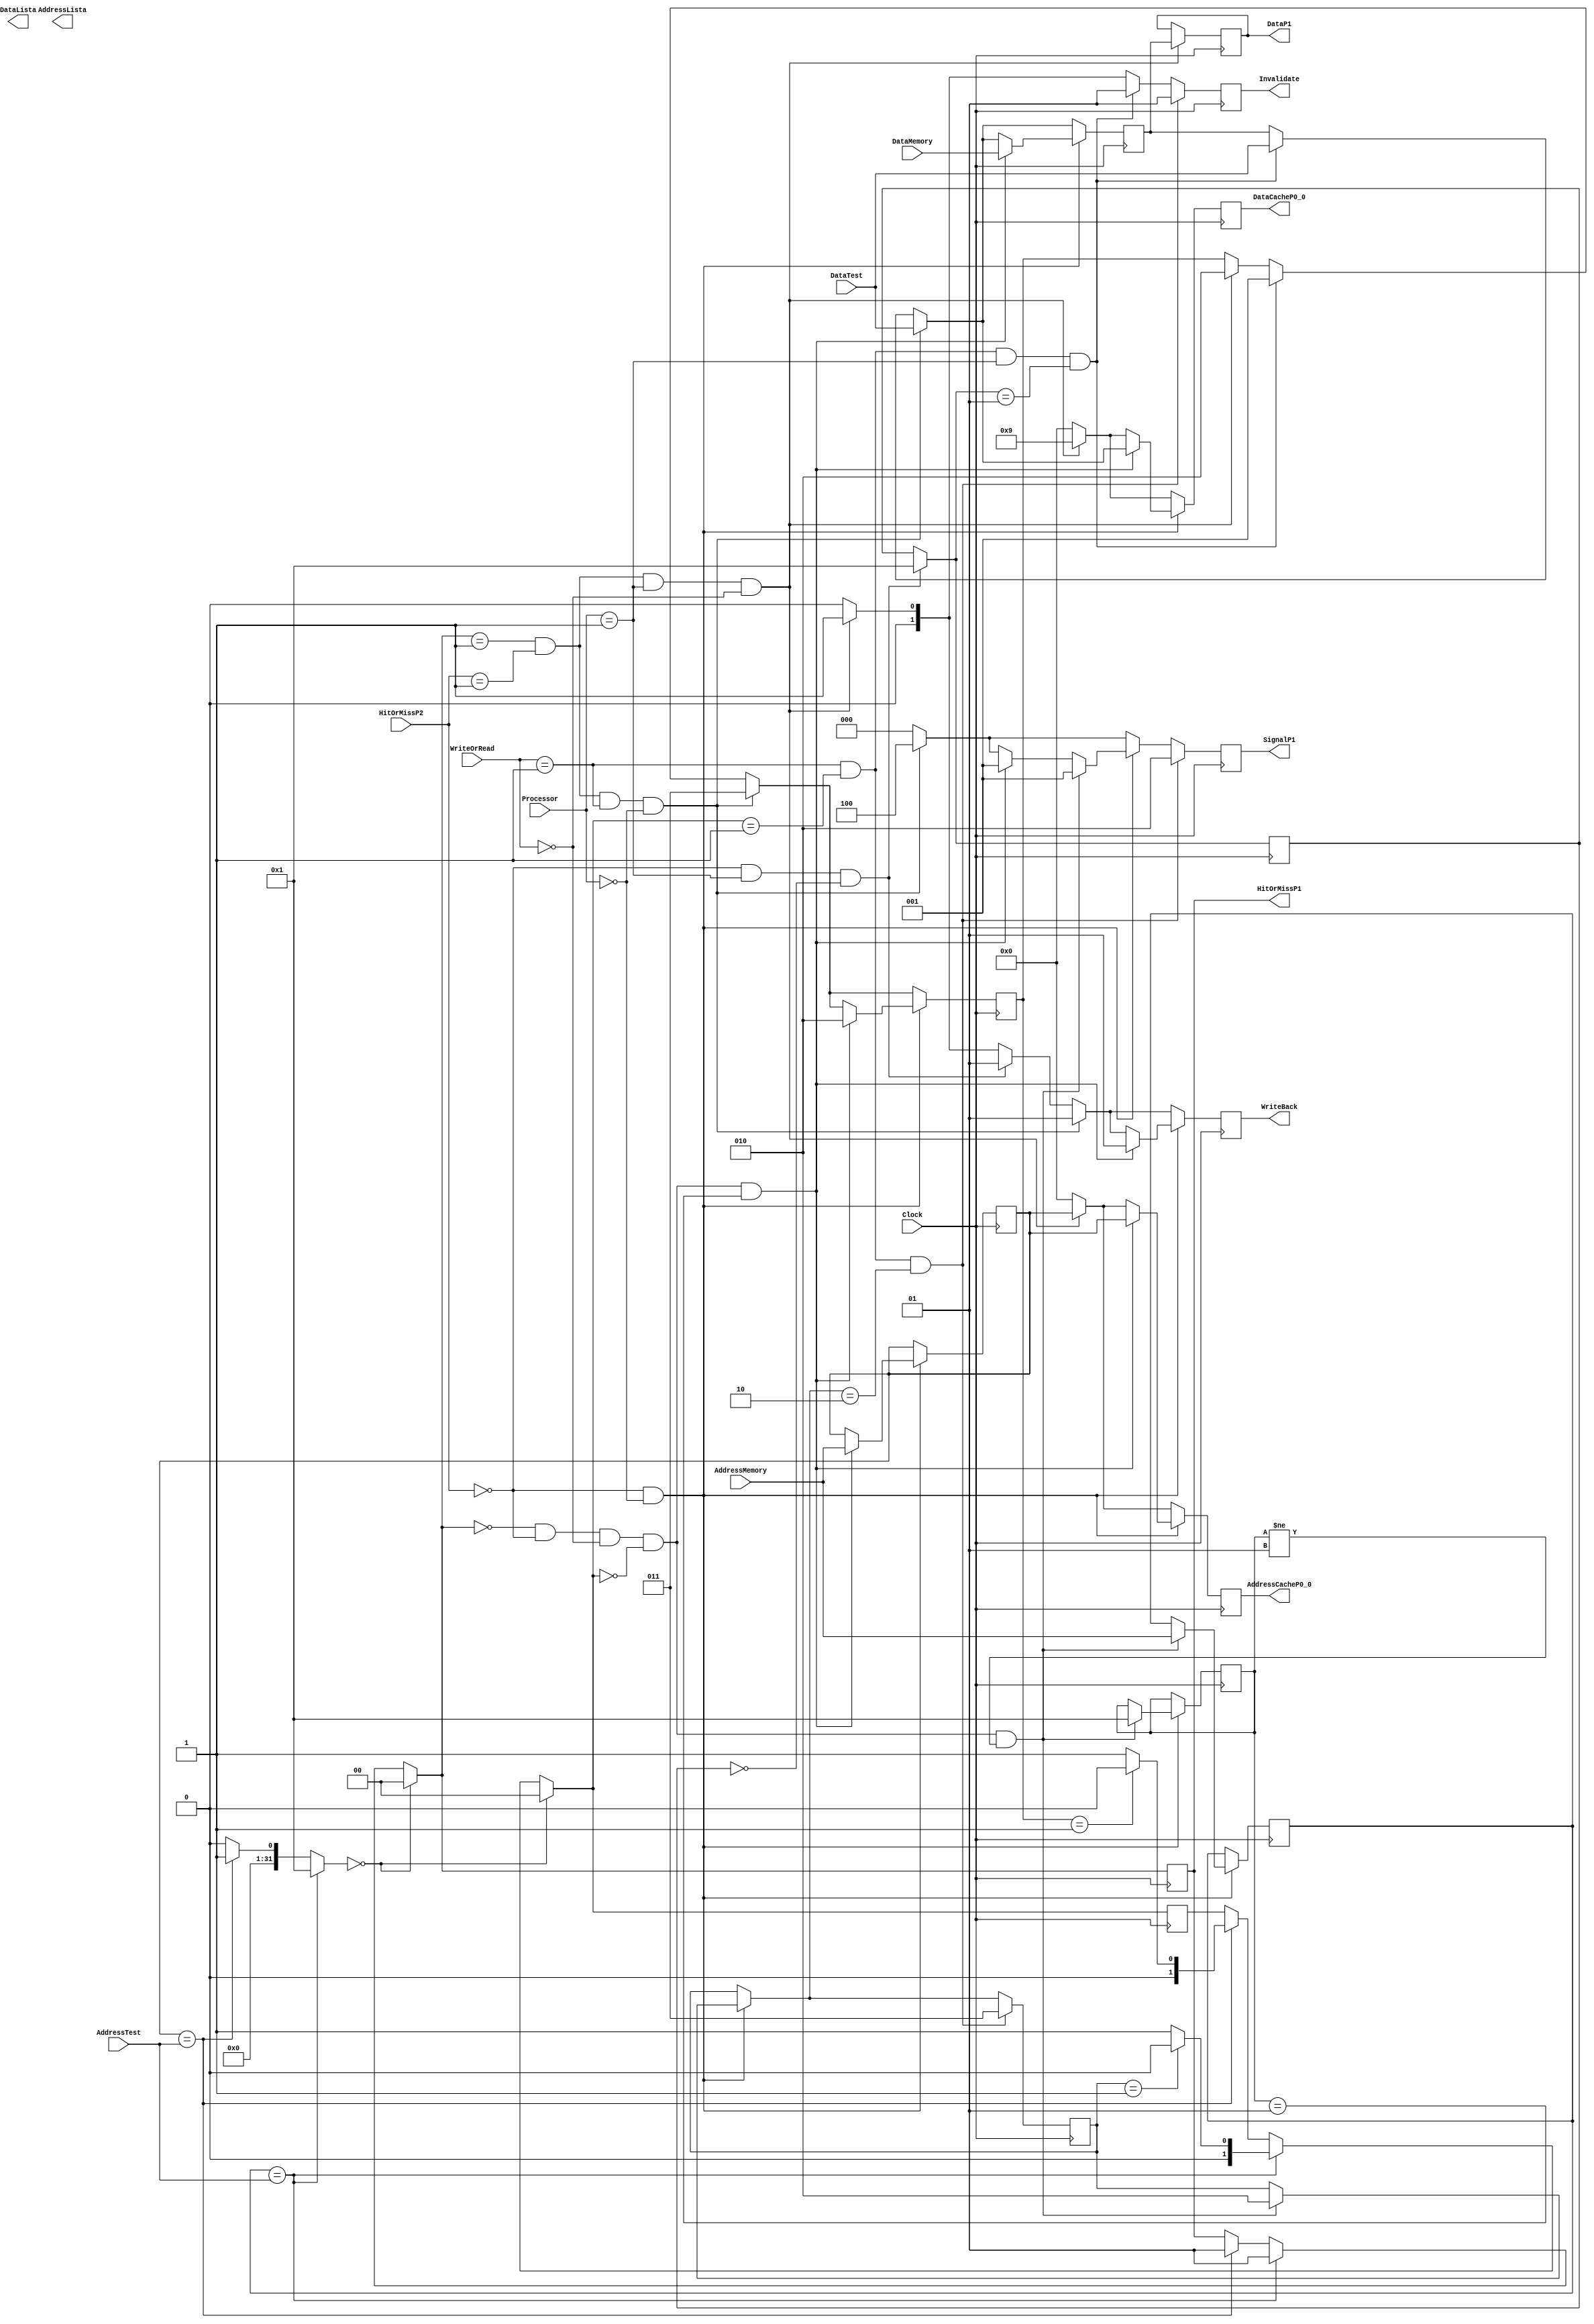
module Processador1(Clock, AddressTest, WriteOrRead, Processor, DataTest, 
						HitOrMissP2, HitOrMissP1, AddressMemory, DataMemory, AddressCacheP0_0, 
						AddressLista, DataLista, DataCacheP0_0, WriteBack, SignalP1, Invalidate,
						DataP1);

	input Clock;

	// Variveis do Codigo Teste 
	input [3:0] AddressTest;		
	input [1:0] WriteOrRead; 		
	input [1:0] Processor; 		
	input [3:0] DataTest;			
	
	input [1:0] HitOrMissP2;
	input [3:0] AddressMemory, DataMemory;
	
	output reg[1:0] HitOrMissP1;
	output reg[3:0] AddressLista, DataLista, AddressCacheP0_0, DataCacheP0_0, DataP1;
	 
	output reg[1:0] Invalidate, WriteBack;
	output reg[2:0] SignalP1;
	
	// Variveis Auxiliadoras
	reg[3:0] regAddressP0_0[1:0];			// Endereos
	reg[2:0] regStateP0_0[1:0];				// Estados
	reg[3:0] regDataP0_0[1:0];				// Dados
	reg[1:0] HitOrMiss;

	// Contador
	integer cont, i, aux, aux1;
	
	initial begin	
// Inicializao da cache1 do Processador

//		State = M				  	 Address = 100					Data	= 10			
		regStateP0_0[0] = 2'b11; regAddressP0_0[0] = 4'b0001; regDataP0_0[0] = 4'b0010;
	
//		State = S				  	  Address = 108			   		Data	= 08	
		regStateP0_0[1] = 2'b10; regAddressP0_0[1] = 4'b0010; regDataP0_0[1] = 4'b0001;

//------------------------------------------------------------------------------------------

// Inicializao de variaveis auxiliares
		cont = 0;
		aux = 0;
		aux1 = 0;
	end
	
	always@(negedge Clock)begin // Cdigo de transio da mquina 1.
	
		SignalP1 = 3'b000;
		Invalidate = 2'b00;
		cont = 0;
		WriteBack = 2'b00;
		AddressCacheP0_0 = 4'b0000;
		DataCacheP0_0 = 4'b0000;
		
				for(i = 0; i < 2; i = i + 1)
					begin
						if(regAddressP0_0[i] == AddressTest) // Verifica se existe alguma tag na cache L1 igual ao do caso teste. 
							begin
								cont = 1;
								
								if(regStateP0_0[i] == 2'b01) // Se o estado do cache estiver em invalido vai dar miss 
									begin
										HitOrMiss = 2'b00;
										HitOrMissP1 = 2'b01;
									end
								else	// Read hit
									begin
										HitOrMiss = 2'b01;
										HitOrMissP1 = HitOrMiss;
									end
							end
					end
				if(cont == 0) // Se no tiver nenhum endereo igual ao do caso teste da miss.
					begin
						HitOrMiss = 2'b00;
						HitOrMissP1 = 2'b00;
						
					end
		if(HitOrMissP1 == 2'b01 && HitOrMissP2 == 2'b01 && Processor == 2'b01 && WriteOrRead == 2'b00)
			begin
				
				DataP1 = regDataP0_0[0];	// Valor que vai ser passado para cache2
				regStateP0_0[0] = 2'b10;	// O estado  mudado para Shared
				WriteBack = 2'b01;			// Acontece WriteBack
				Invalidate = 2'b01;			// Sinal de Invalidate
				DataCacheP0_0 = 4'b1001;			// Dado que passar para memria por conta do writeback
				AddressCacheP0_0 = regAddressP0_0[0];	// Endereo que passar para memria por conta do writeback
			end
		if(HitOrMissP2 == 2'b00 && Processor == 2'b01 && aux1 == 0)
			begin
				WriteBack = 2'b01;
				aux1 = 1;
			end
			
		if(WriteOrRead == 2'b01 && HitOrMiss == 2'b01 && Processor == 2'b01 && aux1 == 1)
			begin
				
				regStateP0_0[0] = 2'b01; 		// Muda o estado para invalido
				regDataP0_0[0] = DataTest;		// Pega o valor escrito
				Invalidate = 2'b01;				// Sinal invalidate
				
			end
		if(HitOrMissP1 == 2'b01 && HitOrMissP2 == 2'b01 && WriteOrRead == 2'b01 && Processor == 2'b00)
				begin
					
					SignalP1 = 3'b100;				// Fetch Invalidate
					regStateP0_0[0] = 2'b11;		// o estado foi mudado para modificado
					regDataP0_0[0] = DataTest;		// Escreve o dado passado
					WriteBack = 2'b01;
				end
			
		if(HitOrMissP2 == 2'b00 && Processor == 2'b00)
			begin
			if(HitOrMissP1 == 2'b00 && HitOrMissP2 == 2'b00 && WriteOrRead == 2'b00 && HitOrMiss == 2'b00 && aux == 1) // ReadMiss com WriteBack
				begin
					WriteBack = 2'b01; // Hit
					#2
					SignalP1 = 3'b001;	// Read Miss
					DataCacheP0_0 = regDataP0_0[0];			// Dado que passar para memria por conta do writeback
					AddressCacheP0_0 = regAddressP0_0[0];	// Endereo que passar para memria por conta do writeback
					regAddressP0_0[0] <= AddressMemory;	// Recebe o valor da memria
					regDataP0_0[0] <= DataMemory;			// Recebe o valor da memria
					regStateP0_0[0] = 2'b10;				// Shared
				end
			if(HitOrMissP1 == 2'b00 && HitOrMissP2 == 2'b00 && WriteOrRead == 2'b00 && HitOrMiss == 2'b00 && aux != 1) // ReadMiss
				begin
					#2;
					SignalP1 = 3'b001;	// Read Miss
					regAddressP0_0[1] <= AddressMemory;	// Recebe o valor da memria
					regDataP0_0[1] <= DataMemory;			// Recebe o valor da memria
					regStateP0_0[1] = 2'b10;				//	Shared
					aux = 1;
				end
			end
		if(WriteOrRead == 2'b01 && HitOrMiss == 2'b01 && regStateP0_0[1] == 2'b10)	// Write Miss - Shared
			begin
				SignalP1 = 3'b010;		// Write Miss
				Invalidate = 2'b01;	// Hit
				regDataP0_0[1] = DataTest;		// recebe o valor que vai ser escrito
				regStateP0_0[1] = 2'b11;	//	Muda o estado para modificado
			end
		end
	
endmodule